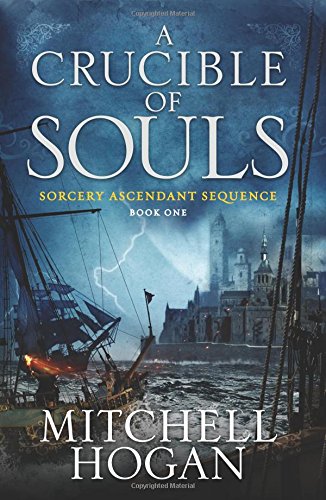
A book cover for A Crucible of Souls: Book One of the Sorcery Ascendant Sequence; Mitchell Hogan; Science Fiction & Fantasy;